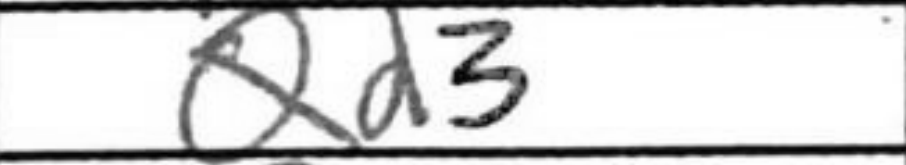
Transcription: Qd3